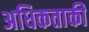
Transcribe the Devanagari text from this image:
अधिकताकी